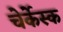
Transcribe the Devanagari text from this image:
चेर्केस्क